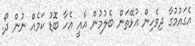
އެގައުމުގާ ދިވެހިން އުޅޭތަން ބެލުމުން އެއީ އެހާ ބޮޑު ކަމެއް ނުން ދޯ.